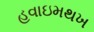
હવાઇમથખ